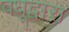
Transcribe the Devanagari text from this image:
वधूद्वारा